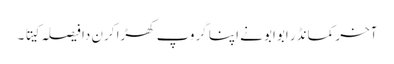
آخر کمانڈر ابوابو نے اپنا گروپ کھڑا کرن دا فیصلہ کیتا ۔